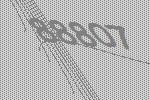
88807